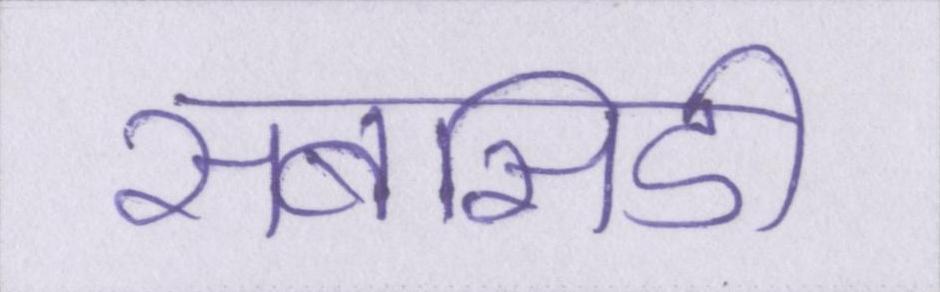
सबसिडी